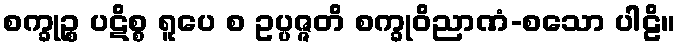
စက္ခုဉ္စ ပဋိစ္စ ရူပေ စ ဥပ္ပဇ္ဇတိ စက္ခုဝိညာဏံ-စသော ပါဠိ။